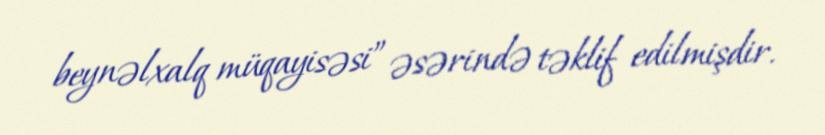
beynəlxalq müqayisəsi” əsərində təklif edilmişdir.